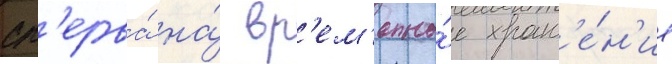
сп'ерва́ на́ вр'ем'енно́е хран'е́н'ие